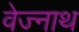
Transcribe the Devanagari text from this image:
वेज्नाथ